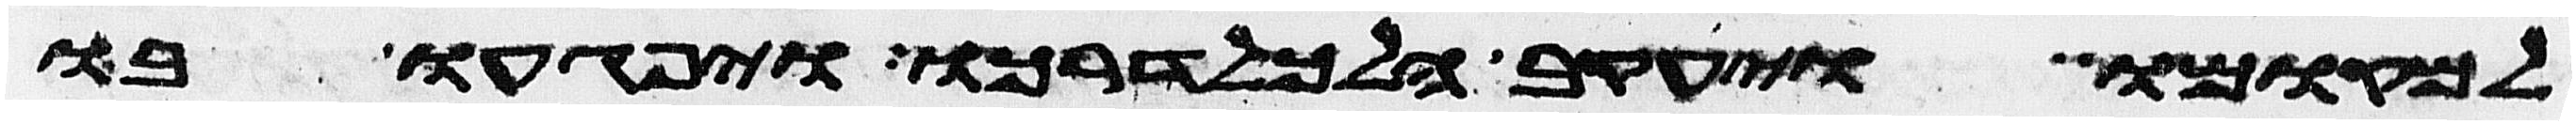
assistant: למקומו ויעקב הלך לדרכו ויפגעו בו